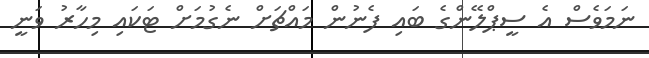
ނަމަވެސް އެ ސީޕްލޭންގެ ބައި ފެނުން މައްޗަށް ނެގުމަށް ޓަކައި މިހާރު ވަނީ